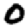
Digit: 0